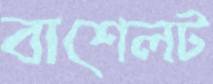
বাশেলট